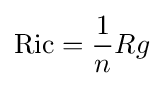
\operatorname {Ric} ={\frac {1}{n}}Rg